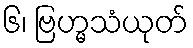
၆၊ ဗြဟ္မသံယုတ်